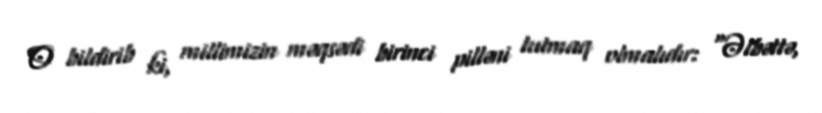
O bildirib ki, millimizin məqsədi birinci pilləni tutmaq olmalıdır: "Əlbəttə,